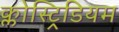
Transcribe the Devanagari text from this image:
क्लोस्ट्रिडियम